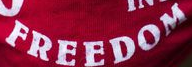
FREEDOM